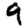
Digit: 9